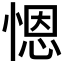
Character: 𢞴